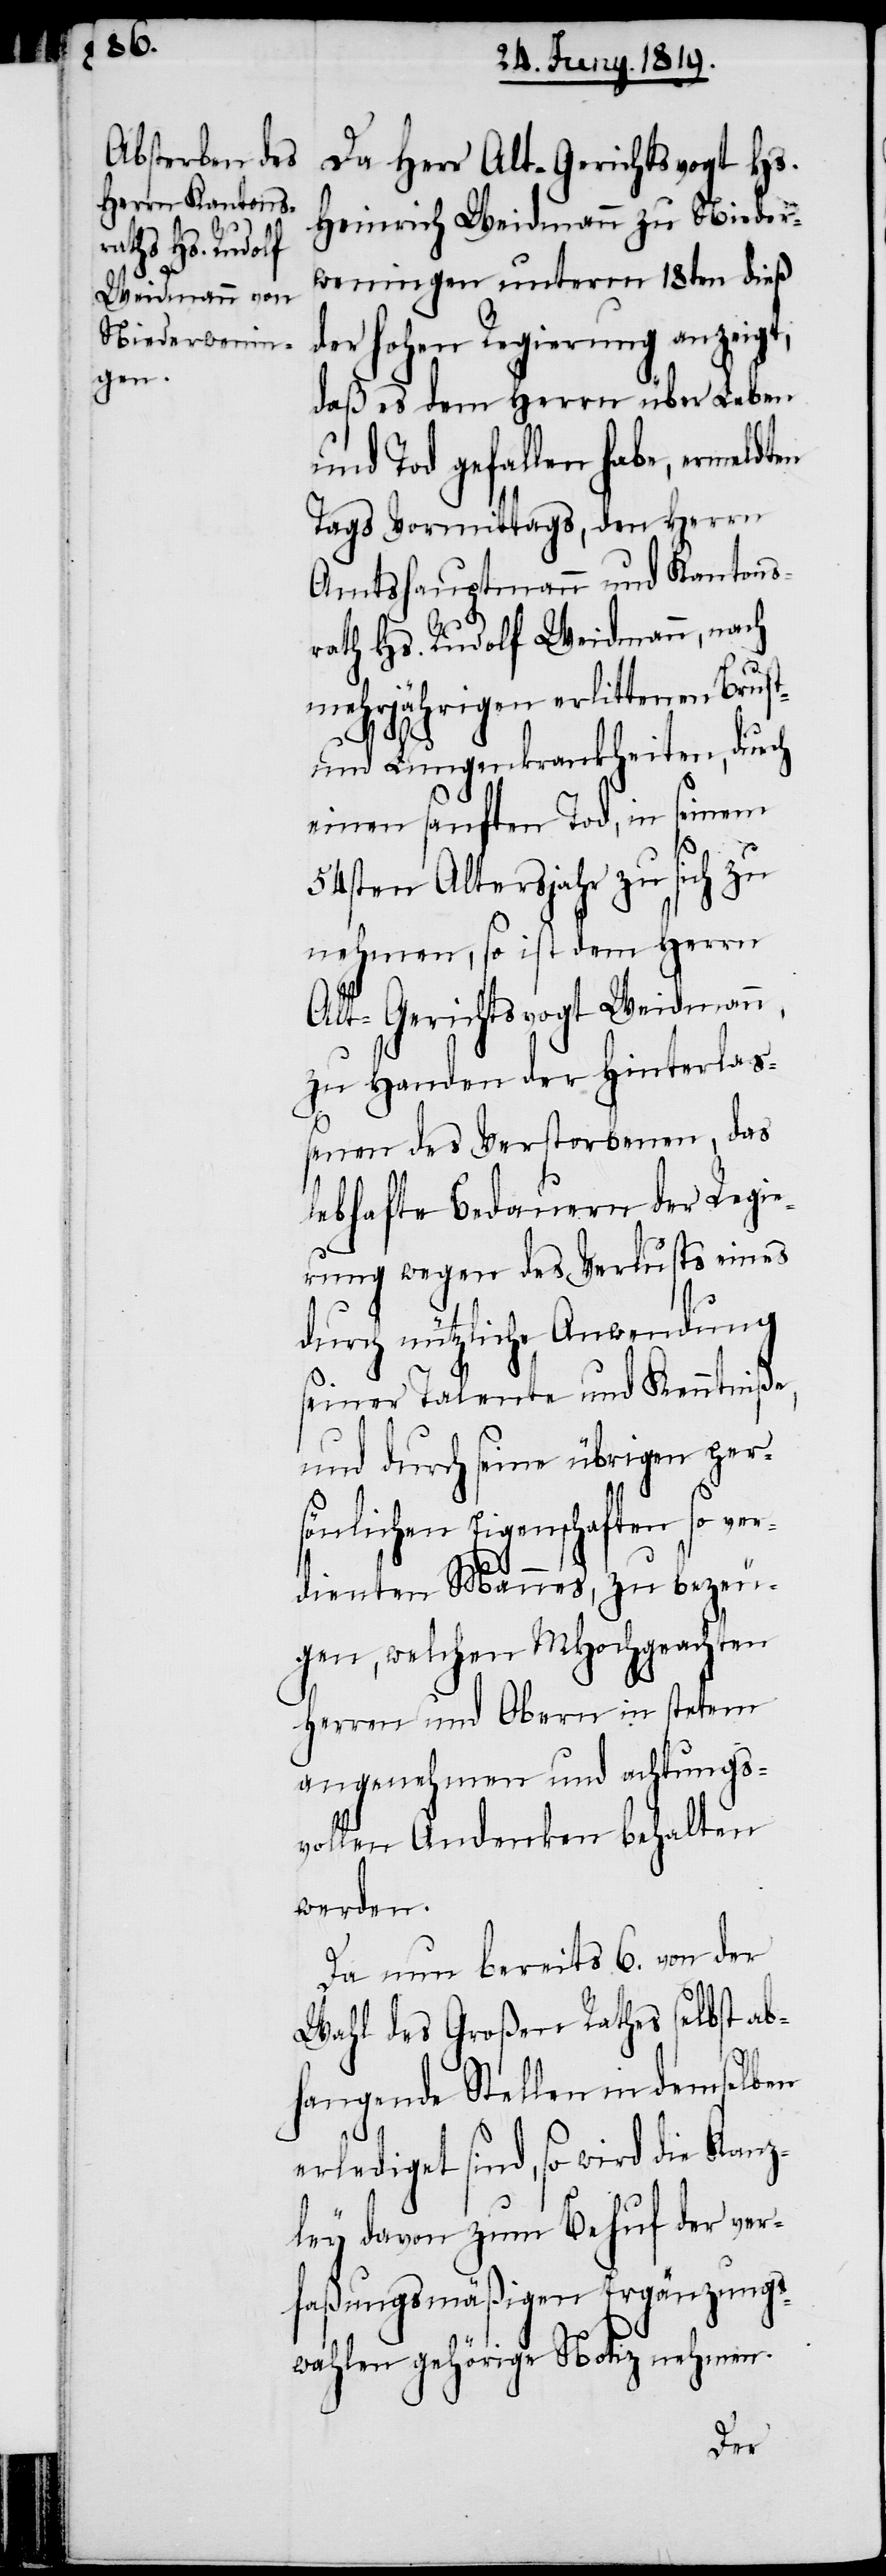
en

Da Herr Alt-Gerichtsvogt Hs.
Heinrich Weidmann zu Nieder¬
weningen unterm 18ten dieß
der hohen Regierung anzeigt,
daß es dem Herrn über Leben
und Tod gefallen habe, ermeldt¬
Tags Vormittags, den Herrn
Amtshauptmann und Kantons¬
rath Hs. Rudolf Weidmann, nach
mehrjährigen erlittenen Brust-
und Lungenkrankheiten, durch
einen sanften Tod, in seinem
54sten Altersjahr zu sich zu
nehmen, so ist dem Herrn
Alt-Gerichtsvogt Weidmann,
zu Handen der Hinterlas¬
senen des Verstorbenen, das
lebhafte Bedauern der Regie¬
rung wegen des Verlusts eines
durch nützliche Anwendung
seiner Talente und Kenntniße,
und durch seine übrigen per¬
sönlichen Eigenschaften so ver¬
dienten Mannes, zu bezeu¬
gen, welchen MHochgeachten
Herren und Obern in stetem
angenehmen und achtungs¬
vollen Andenken behalten
werden.
Da nun bereits 6. von der
Wahl des Großen Rathes selbst ab¬
hangende Stellen in demselben
erlediget sind, so wird die Kanz¬
ley davon zum Behuf der ver¬
faßungsmäßigen Ergänzungs¬
wahlen gehörige Notiz nehmen.